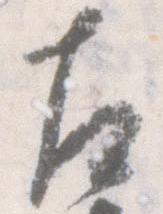
左